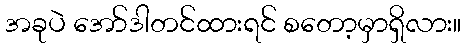
အခုပဲ အော်ဒါတင်ထားရင် စတော့မှာရှိလား။